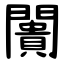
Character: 闠